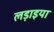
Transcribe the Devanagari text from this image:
लड़ाइया